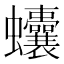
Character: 𧖒